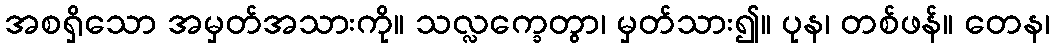
အစရှိသော အမှတ်အသားကို။ သလ္လက္ခေတွာ၊ မှတ်သား၍။ ပုန၊ တစ်ဖန်။ တေန၊